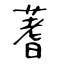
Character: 蓍